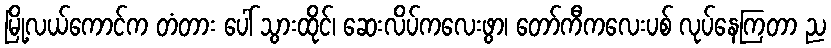
မြို့လယ်ကောင်က တံတား ပေါ် သွားထိုင်၊ ဆေးလိပ်ကလေးဖွာ၊ တော်ကီကလေးပစ် လုပ်နေကြတာ ည